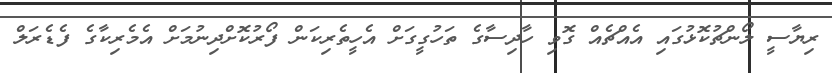
ރިޔާސީ ލޯންޗުކޮޅުގައި އެއްޗެއް ގޮވި ހާދިސާގެ ތަހުގީގަށް އެހީތެރިކަން ފޯރުކޮށްދިނުމަށް އެމެރިކާގެ ފެޑެރަލް